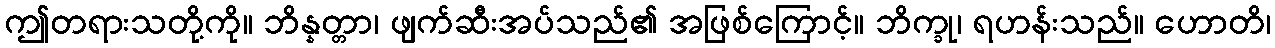
ဤတရားသတို့ကို။ ဘိန္နတ္တာ၊ ဖျက်ဆီးအပ်သည်၏ အဖြစ်ကြောင့်။ ဘိက္ခု၊ ရဟန်းသည်။ ဟောတိ၊